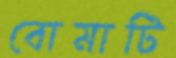
বোমাটি